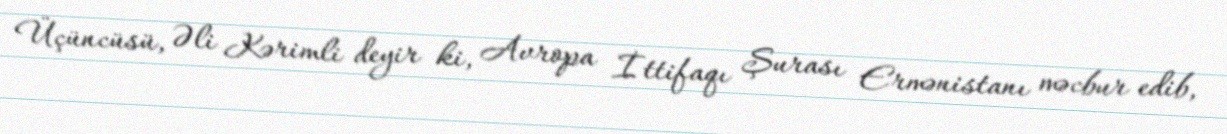
Üçüncüsü, Əli Kərimli deyir ki, Avropa İttifaqı Şurası Ermənistanı məcbur edib,